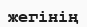
жегінің